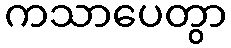
ကသာပေတွာ